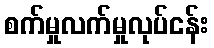
စက်မှုလက်မှုလုပ်ငန်း